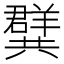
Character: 𭁝